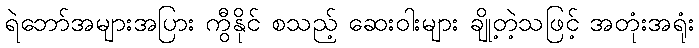
ရဲဘော်အများအပြား ကွီနိုင် စသည့် ဆေးဝါးများ ချို့တဲ့သဖြင့် အတုံးအရုံး